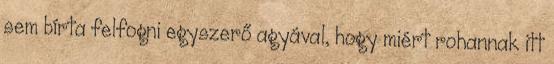
sem bírta felfogni egyszerő agyával, hogy miért rohannak itt